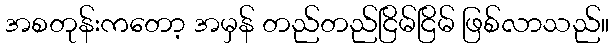
အစတုန်းကတော့ အမှန် တည်တည်ငြိမ်ငြိမ် ဖြစ်လာသည်။